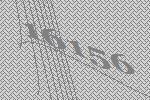
16156